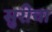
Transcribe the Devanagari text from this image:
सुरीचा